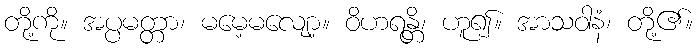
တို့ကို။ အပ္ပမတ္တာ၊ မမေ့မလျော့။ ဝိဟရန္တိ၊ ဟူ၍။ အာသဝါနံ၊ တို့၏။